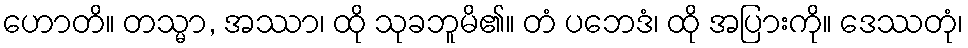
ဟောတိ။ တသ္မာ, အဿာ၊ ထို သုခဘူမိ၏။ တံ ပဘေဒံ၊ ထို အပြားကို။ ဒေဿတုံ၊